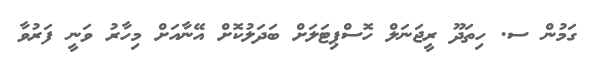
ގަމުން ސ. ހިތަދޫ ރީޖަނަލް ހޮސްޕިޓަލަށް ބަދަލުކޮށް އޭނާއަށް މިހާރު ވަނީ ފަރުވާ